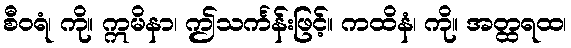
စီဝရံ၊ ကို။ ဣမိနာ၊ ဤသင်္ကန်းဖြင့်။ ကထိနံ၊ ကို။ အတ္ထရထ၊